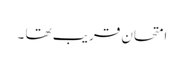
امتحان قریب تھا ۔